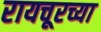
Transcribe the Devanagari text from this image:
रायचूरच्या